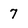
Character: 7